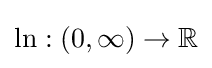
\ln :(0,\infty )\to \mathbb {R}